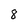
Character: 8